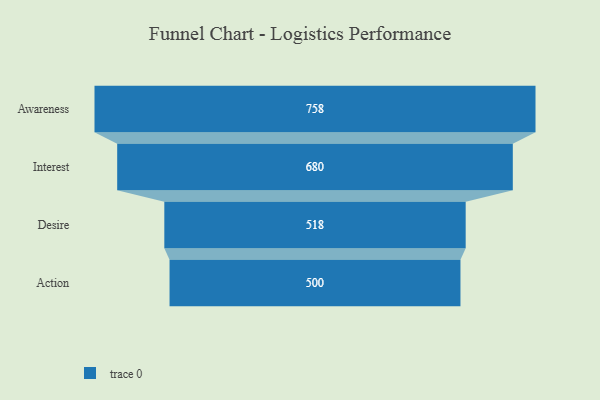
{"axis": {"x": "Stage", "y": "Value"}, "legend": [""], "data": [{"x": "Awareness", "y": 758.0, "type": ""}, {"x": "Interest", "y": 680.0, "type": ""}, {"x": "Desire", "y": 518.0, "type": ""}, {"x": "Action", "y": 500, "type": ""}]}